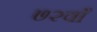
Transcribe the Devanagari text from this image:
७२वाँ